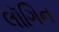
લૉગિન